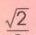
\(\sqrt{2}\)